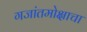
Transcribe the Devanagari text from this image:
गजांतमोक्षाचा